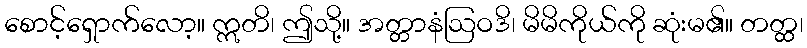
စောင့်ရှောက်လော့။ ဣတိ၊ ဤသို့။ အတ္တာနံဩဝဒိ၊ မိမိကိုယ်ကို ဆုံးမ၏။ တတ္ထ၊